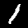
Digit: 1